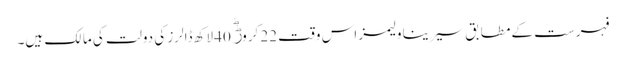
فہرست کے مطابق سیرینا ولیمز اس وقت 22 کروڑؕ 40 لاکھ ڈالرز کی دولت کی مالک ہیں۔